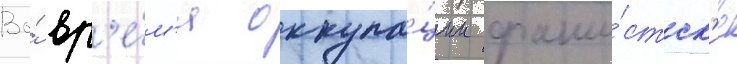
Во́ вр'е́м'я оккупа́ции фаши́стск'ие